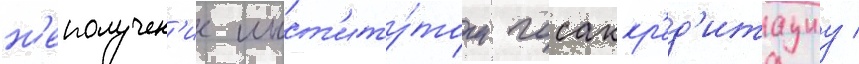
н'еполучен'ие инст'иту́том госаккр'ед'итациу /